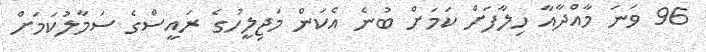
96 ވަނަ މާއްދާއާ ހިލާފަށް ކަމަށް ބުނެ އެކަން މަޖިލީހުގެ ރައީސްގެ ސަމާލުކަމަށް